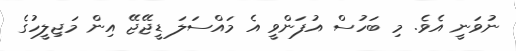
ނުވަނީ އެވެ. މި ބަހުސް އުފަންވީ އެ މައްސަލަ ޑީޖޭޖޭ އިން މަޖިލީހުގެ